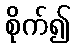
စိုက်၍